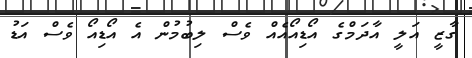
ގާޒީ އަލީ އާދަމްގެ އޯޑިއޯއެއް ވެސް ލިބުމުން އެ އޯޑިއޯ ވެސް އަޑު